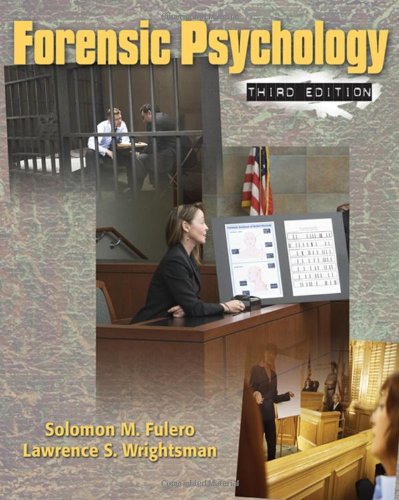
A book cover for Forensic Psychology; Solomon M. Fulero; Health, Fitness & Dieting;